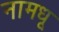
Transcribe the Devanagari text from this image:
नामधू